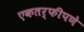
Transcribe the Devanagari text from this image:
एकतर्फीपणे